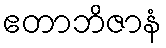
ဧတာဘိဇာနံ